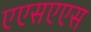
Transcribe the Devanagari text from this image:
एएसएएस